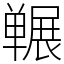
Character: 冁